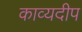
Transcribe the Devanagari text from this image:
काव्यदीप